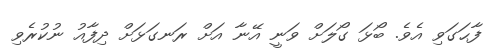
ފާޙަގަވި އެވެ. ބޯޅަ ގޯލަށް ވަނީ އޭނާ އަށް ރަނގަޅަށް ދިފާއު ނުކުރެވި